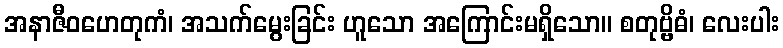
အနာဇီဝဟေတုကံ၊ အသက်မွေးခြင်း ဟူသော အကြောင်းမရှိသော။ စတုဗ္ဗိဓံ၊ လေးပါး